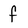
Character: f